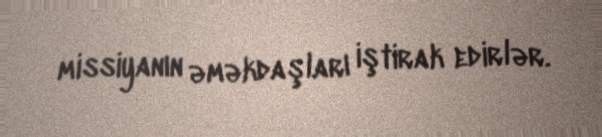
missiyanın əməkdaşları iştirak edirlər.